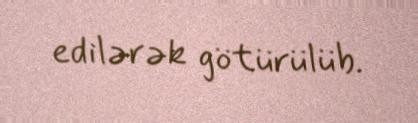
edilərək götürülüb.